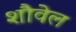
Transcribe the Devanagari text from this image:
शौवेल